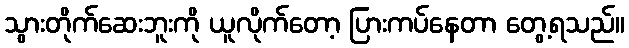
သွားတိုက်ဆေးဘူးကို ယူလိုက်တော့ ပြားကပ်နေတာ တွေ့ရသည်။